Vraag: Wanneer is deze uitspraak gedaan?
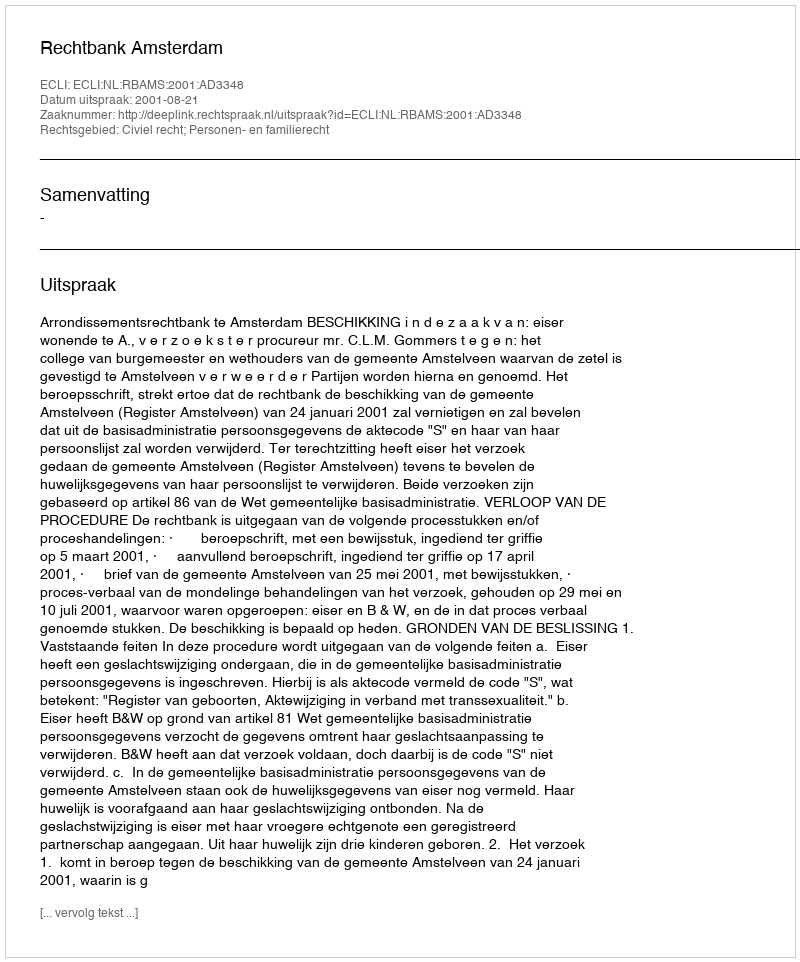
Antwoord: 2001-08-21